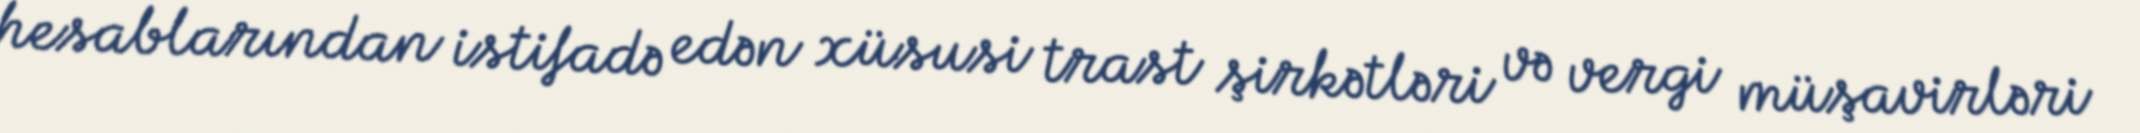
hesablarından istifadə edən xüsusi trast şirkətləri və vergi müşavirləri